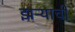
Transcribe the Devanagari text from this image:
झऱ्याची